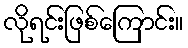
လိုရင်းဖြစ်ကြောင်း။